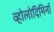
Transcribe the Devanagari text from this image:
व्होलोदिमिर्ना